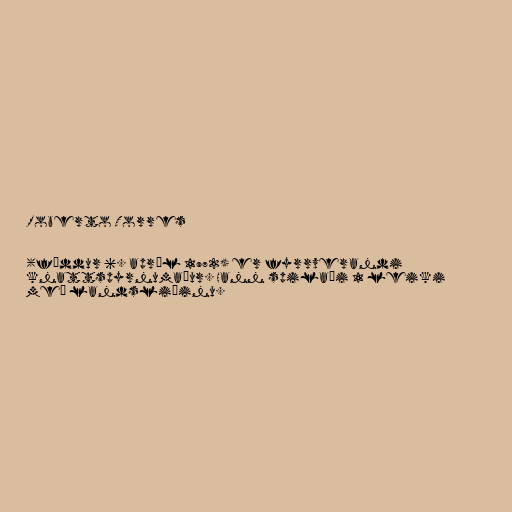
Roberto Torres

(fæddur 6. apríl 1972) er fyrrverandi
knattspyrnumaður. Hann spilaði 1 leiki
með landsliðinu.